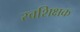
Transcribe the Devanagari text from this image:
स्वशिक्षक